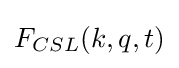
F_{CSL}(k,q,t)